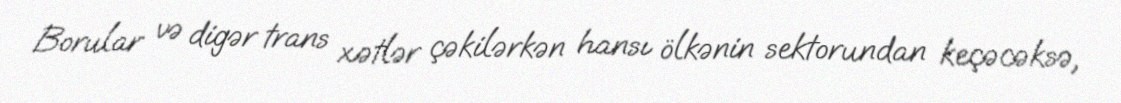
Borular və digər trans xətlər çəkilərkən hansı ölkənin sektorundan keçəcəksə,